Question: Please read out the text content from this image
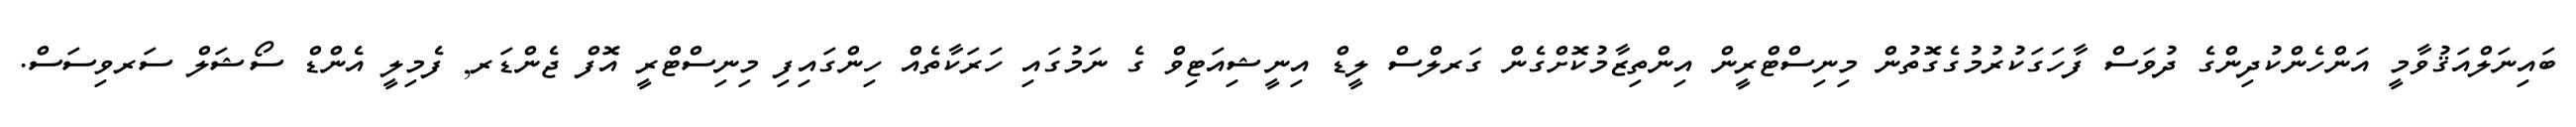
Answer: ބައިނަލްއަޤުވާމީ އަންހެންކުދިންގެ ދުވަސް ފާހަގަކުރުމުގެގޮތުން މިނިސްޓްރީން އިންތިޒާމުކޮށްގެން ގަރލްސް ލީޑް އިނީޝިއަޓިވް ގެ ނަމުގައި ހަރަކާތެއް ހިންގައިފި މިނިސްޓްރީ އޮފް ޖެންޑަރ, ފެމިލީ އެންޑް ސޯޝަލް ސަރވިސަސް.